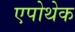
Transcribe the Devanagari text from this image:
एपोथेक